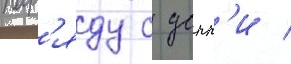
нар'яду с донн'и /